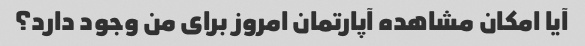
آیا امکان مشاهده آپارتمان امروز برای من وجود دارد؟